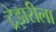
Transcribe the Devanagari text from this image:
ट्रेझरीला